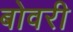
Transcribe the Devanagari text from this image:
बोवरी